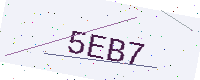
Text: 5EB7